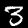
Label: 3